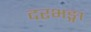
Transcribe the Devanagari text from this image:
दरभङ्गा